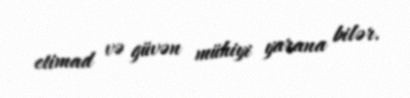
etimad və güvən mühiyi yarana bilər.